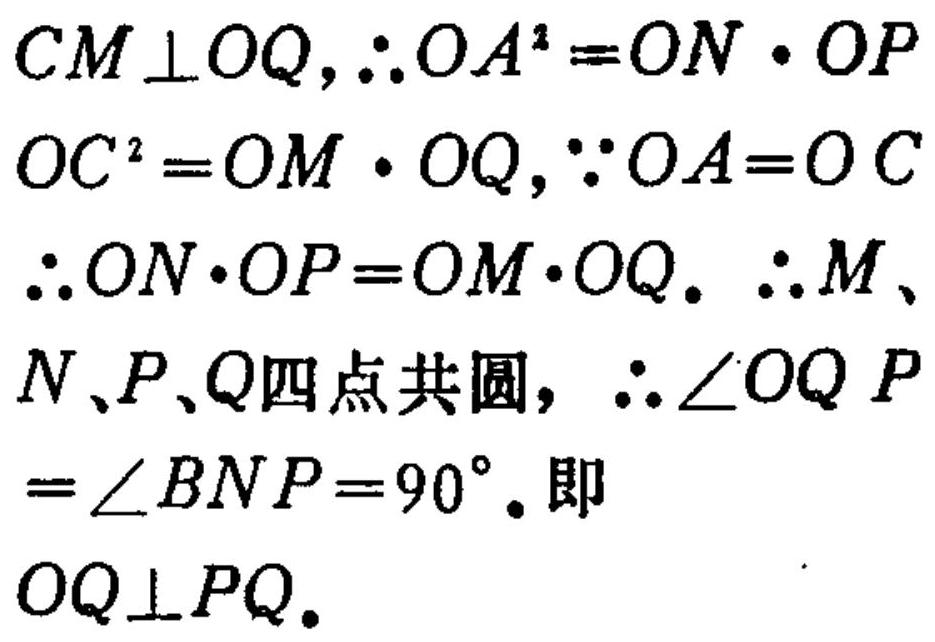
\(CM\perp OQ,\therefore OA^{2}=ON\cdot OP\)
\(OC^{2}=OM\cdot OQ,\because OA = OC\)
\(\therefore ON\cdot OP=OM\cdot OQ.\ \therefore M、\)
\(N、P、Q\)四点共圆，\(\therefore\angle OQ P\)
\(=\angle BNP = 90^{\circ}.\)即
\(OQ\perp PQ.\)